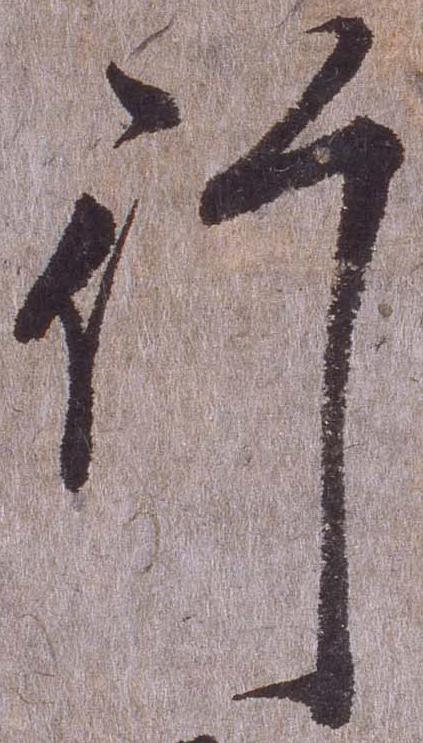
行